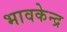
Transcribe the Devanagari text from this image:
भावकेन्द्र